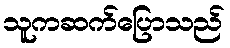
သူကဆက်ပြောသည်